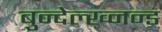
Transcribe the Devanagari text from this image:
बुन्देल्ख्नन्ड